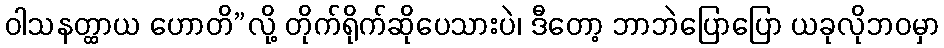
ဝါသနတ္ထာယ ဟောတိ”လို့ တိုက်ရိုက်ဆိုပေသားပဲ၊ ဒီတော့ ဘာဘဲပြောပြော ယခုလိုဘဝမှာ